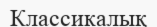
Классикалық